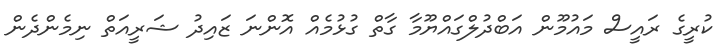
ކުރީގެ ރައީސް މައުމޫން އަބްދުލްގައްޔޫމާ ގާތް ގުޅުމެއް އޮންނަ ޒައިދު ޝަރީއަތް ނިމެންދެން